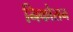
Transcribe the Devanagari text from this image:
निकोसन